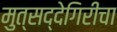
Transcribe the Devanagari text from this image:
मुत्सद्देगिरीचा